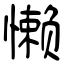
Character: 懒